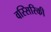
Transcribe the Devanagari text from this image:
वस्सिरिकी